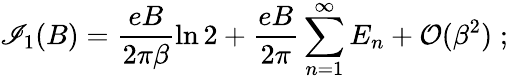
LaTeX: \mathscr{I}_{1}(B)=\frac{{eB}}{{2\pi\beta}}\ln2+\frac{{eB}}{{2\pi}}\sum_{n=1}^{\infty}E_{n}+{\cal{O}}(\beta^{2})\; ;